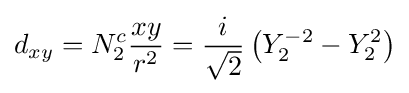
d_{xy}=N_{2}^{c}{\frac {xy}{r^{2}}}={\frac {i}{\sqrt {2}}}\left(Y_{2}^{-2}-Y_{2}^{2}\right)